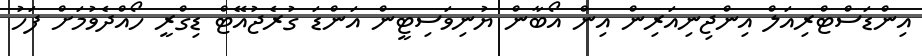
އިންޑަސްޓްރިއަލް އިންޖިނިއަރިން އިން އޯބާން ޔުނިވަސިޓީން އަންޑަ ގުރެޖުއޭޓް ޑިގްރީ ހޯއްދެވުމަށް ފަހު